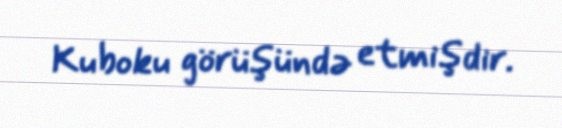
Kuboku görüşündə etmişdir.